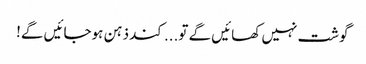
گوشت نہیں کھائیں گے تو... کند ذہن ہوجائیں گے!